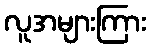
လူအများကြား